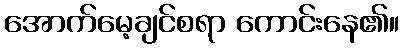
အောက်မေ့ချင်စရာ ကောင်းနေ၏။